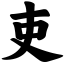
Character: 吏